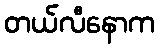
တယ်လီနောက